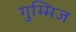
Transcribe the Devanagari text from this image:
गुम्मिज